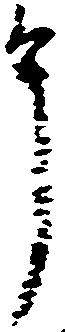
申